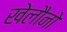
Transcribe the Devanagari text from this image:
खेलौनो